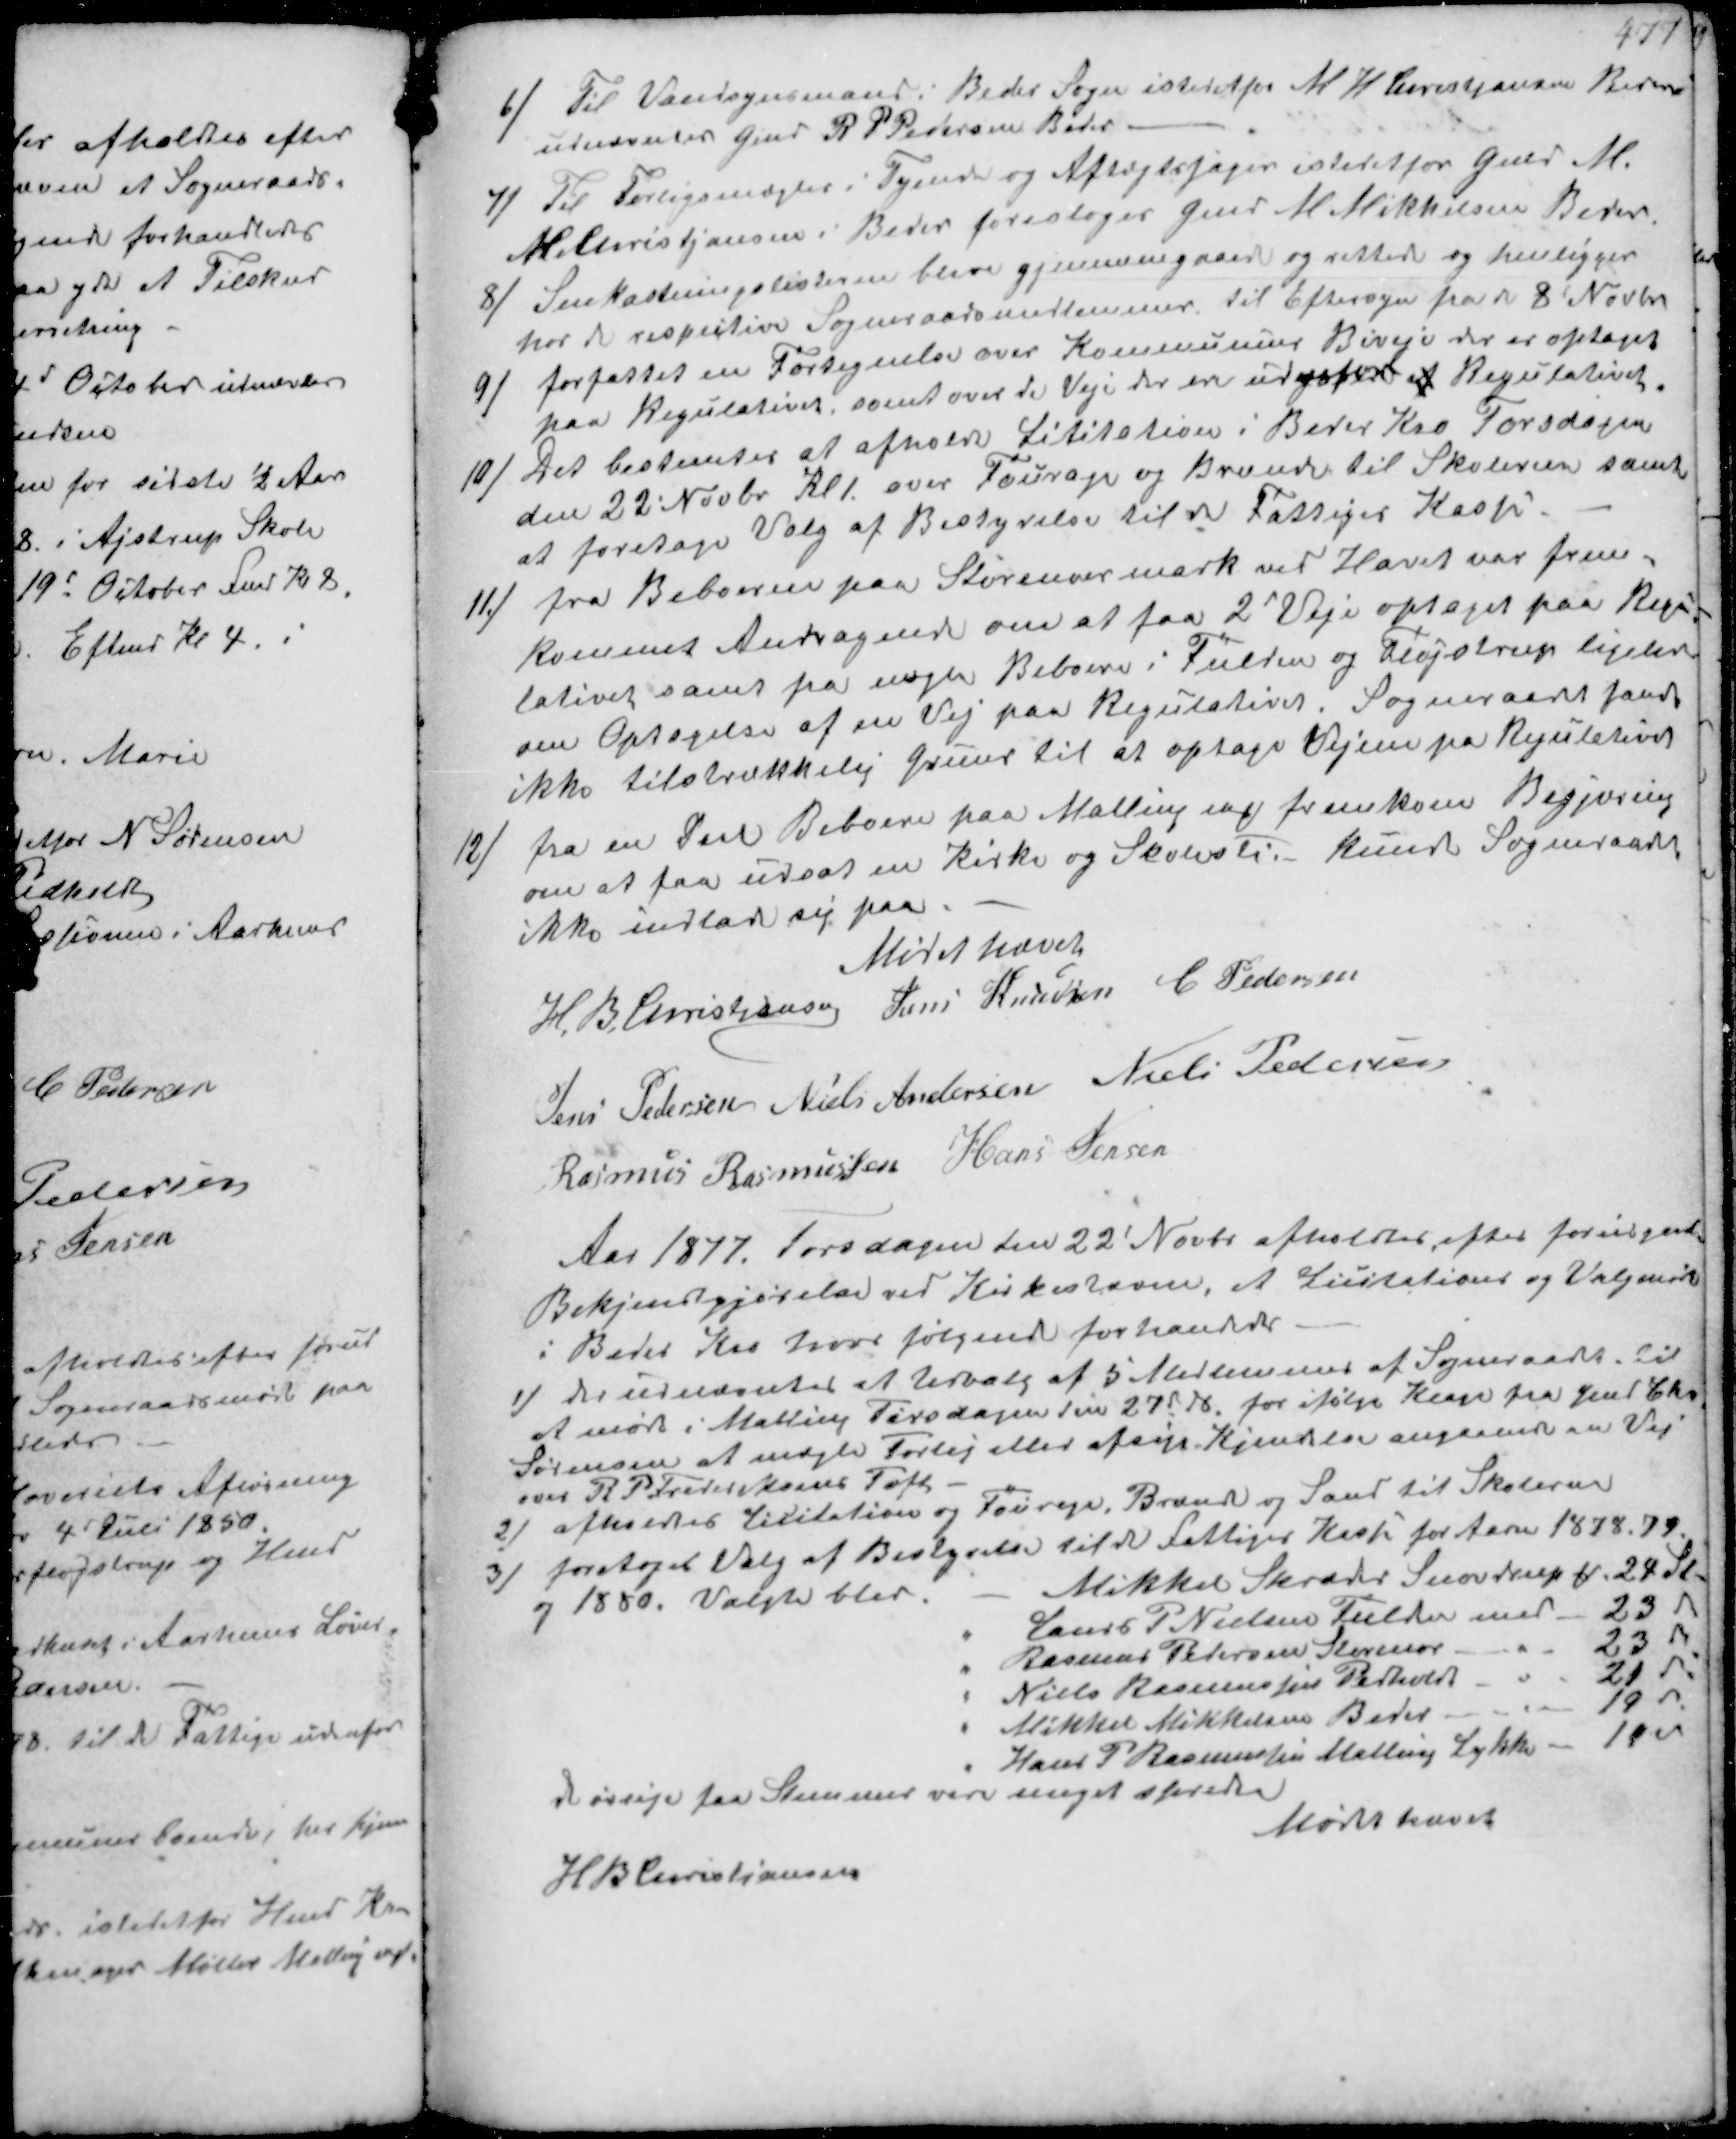
Transskription:
6/
til Vandsynsmand i Bedes Sogn istedetfor M K Cristjansen Beder
udnævntes Gmd R P Pedersen Beder.
7/
til Forligsmægter i Tyende og Aftægtssager istedetfor Gmd M.
K Cristjansen i Beder foresloges Gmd M Mikkelsen Beder
8/
Snekastningslisterne bleve gjennemgaaede og rettede og henligger
hos de respective Sogneraadsmedlemmer. til Eftersyn fra d 8 Novbr.
9/
forfattet en Fortegnelse over Kommunens Biveje der er optaget
paa Regulativer, samt over de Veje der er udgøfte af Regulativet
10/ Det bestemtes at afholde Lititation i Beder Kro Torsdagen
den 22' Novbr Kl 1. over Fourage og Brænde til Skolerne samt
at foretage Valg af Bestyrelse til de Fattige Kasse
11/
fra Beboerne paa Storenoer mark ved Havet var frem-
kommet Andragende om at faa 2 Veje optaget paa Regu-
lativet samt fra nogle Beboere i Fulden og Fløjstrup ligeledes
om Optagelse af en Vej paa Regulativet. Sogneraadet fandt
ikke tilstrækkelig Grund til at optage Vejene på Regulativet
12/
fra en Deel Beboere paa Malling eng fremkom Begjæring
om at faa udsat en Kirke og Skolesti.- Kunde Sogneraadet
ikke indlade sig paa.
Mødet hævet
H. B. Christjansen Jens Knudsen C Pedersen
Jens Pedersen Niels Andersen Niels Pedersen
Rasmus Rasmussen Hans Jensen

Aar 1877. Torsdagen den 22' Novbr afholdtes efter forudgaaet
Bekjendgjørelse ved Kirkestævne, et Licitations og Valgmøde
i Beder Kro hvor følgende forhandledes
1/ der udnævntes et Udvalg af 5 Medlemmer af Sogneraadet til
at møde i Malling Tirsdagen den 27d ds for ifølge Klage fra Gmd Chr.
Sørensen at mægle Forlig eller afsige Kjendelse angaaende en Vej
over R P Frederiksens Toft
2) afholdes Licitation og Fourage, Brænde og Sand til Skolerne
3) foretoget Valg af Bestyrelse til de Fattiges Kasse for Aarn 1878,79
og 1880. Valgte blev.
Mikkel Skræder Snovdrup ₻ 24 St.
Laurs P Nielsen Fulder med 23 St
Rasmus PetersenStorenor " 23 St
Niels Rasmussen Pedholdt " 21 St
Mikkel Mikkelsen Beder " 19 St
Hans P Rasmussen Malling Lykke - 19 St
de øvrige faa Stemmer vare noget spredte
Mødt hævet
H B Christjansen